Lunatic asylums Punjab 1895-1910 - 1895-1910
Year: 1895
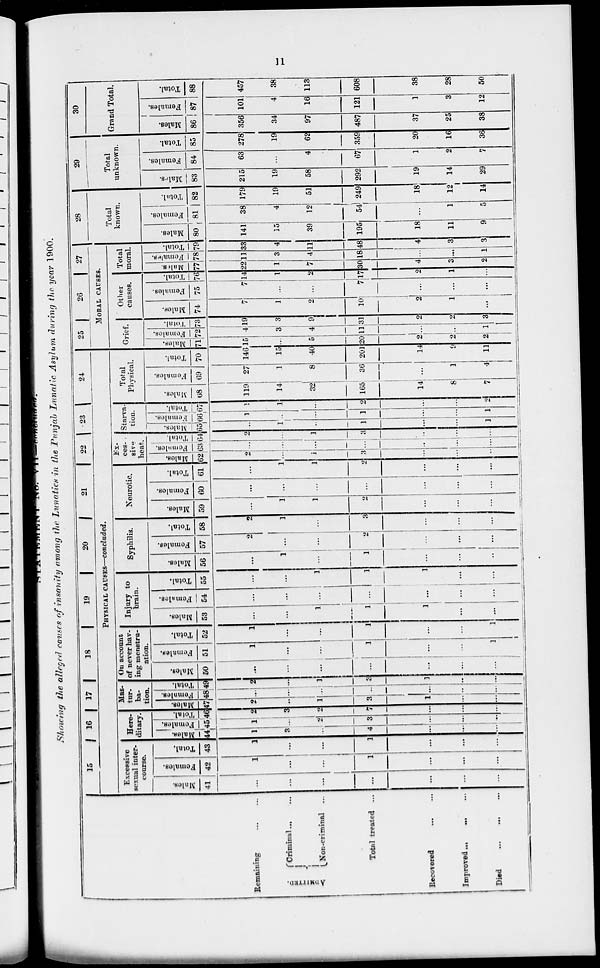
11
STATEMENT No. VII—concluded.
Showing the alleged causes of insanity among the Lunatics in the Punjab Lunatic Asylum during the year 1900.
Remaining
...
...
...
ADMMITTED
Criminal ... ...
Non-criminal ...
Total treated ...
Recovered ... ... ...
Improved ... ... ...
Died ... ... ...
15 16 17 18 19
20
21
22
23 24
PHYSICAL CAUSES—concluded.
Excessive
sexual inter-
course.
Males.
41
...
...
...
...
...
...
...
Females.
42
1
...
...
1
...
...
...
Total.
43
1
...
...
1
...
...
...
Here-
ditary.
Males.
44
1
3
...
4
...
...
...
Females.
45
1
...
2
3
...
...
...
Total.
46
2
3
2
7
...
...
...
Mas-
tur-
ba-
tion.
Males.
47
2
...
1
3
1
...
...
Females.
48
...
...
...
...
...
...
...
Total.
49
2
...
1
3
1
...
...
On account
of never hav-
ing menstru-
ation.
Males.
50
...
...
...
...
...
...
...
Females.
51
1
...
...
1
...
...
1
Total.
52
1
...
...
1
...
...
1
Injury to
brain.
Males.
53
...
...
1
1
1
...
...
Females.
54
...
...
...
...
...
...
...
Total.
55
...
...
1
1
1
...
...
Syphilis.
Males.
56
...
1
...
1
...
...
...
Females.
57
2
...
...
2
...
...
...
Total.
58
2
1
...
3
...
...
...
Neurotic.
Males.
59
...
1
1
2
...
...
...
Females.
60
...
...
...
...
...
...
...
Total.
61
...
1
1
2
...
...
...
Ex-
ces-
sive
heat.
Males.
62
2
...
1
3
...
...
...
Females.
63
...
...
...
...
...
...
...
Total.
64
2
...
1
3
...
...
...
Starva-
tion.
Males.
65
...
1
...
1
...
...
1
Females.
66
1
...
...
1
...
...
1
Total.
67
1
1
...
2
...
...
2
Total
Physical.
Males.
68
119
14
32
165
14
8
7
Feamles.
69
27
1
8
36
...
1
4
Total.
70
146
15
40
201
14
9
11
25
26
27
MORAL CAUSES.
Grief.
Males.
71
15
...
5
20
2
2
2
Females.
72
4
3
4
11
...
...
1
Total.
73
19
3
9
31
2
2
3
Other
causes.
Males.
74
7
1
2
10
2
1
...
Females.
75
7
...
...
7
...
...
...
Total.
76
14
1
2
17
2
1
...
Total
moral.
Males.
77
22
1
7
30
4
3
2
Females.
78
11
3
4
18
...
...
1
Total.
79
33
4
11
48
4
3
3
28
Total
known.
Males.
80
141
15
39
195
18
11
9
Females.
81
38
4
12
54
...
1
5
Total.
82
179
19
51
249
18
12
14
29
Total
unknown.
Males.
83
215
19
58
292
19
14
29
Females.
84
63
...
4
67
1
2
7
Total.
85
278
19
62
359
20
16
36
30
Grand Total.
Males.
86
356
34
97
487
37
25
38
Females.
87
101
4
16
121
1
3
12
Total.
88
457
38
113
608
38
28
50